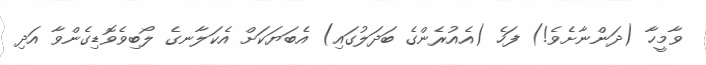
ވާމީހާ (ދަންނާށެވެ!) ފަހެ (އެއުރެންގެ ބަދަލުގައި) އެބަޔަކަށް އެކަލާނގެ ލޯބިވެވޮޑިގެންވާ އަދި